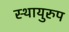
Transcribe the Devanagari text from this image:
स्थायुरुप